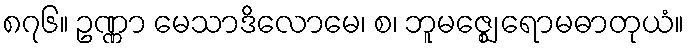
၈၇၆။ ဥဏ္ဏာ မေသာဒိလောမေ၊ စ၊ ဘူမဇ္ဈေ ရောမဓာတုယံ။